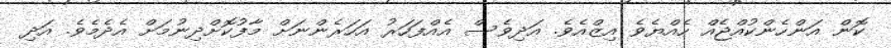
ކޮން އަންހެންކުއްޖެއް ހެއްޔެވެ އިޒްއެވެ. އަދިވެސް އެއްފަހަރު އަހަރެންނަށް މާފުކޮށްދިނުމަށް އެދެމެވެ. އަދި